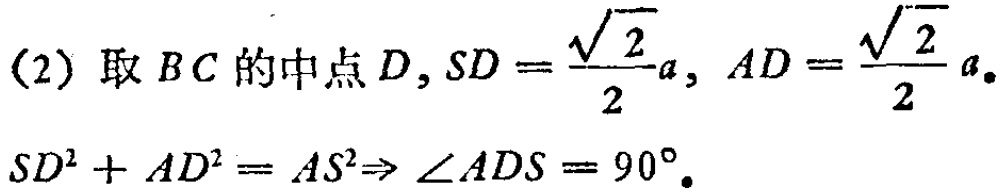
(2) 取 \(BC\) 的中点 \(D,SD = \frac{\sqrt{2}}{2}a, AD = \frac{\sqrt{2}}{2}a\)。
\(SD^{2}+AD^{2}=AS^{2}\Rightarrow \angle ADS = 90^{\circ}\)。